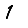
Digit: 1